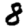
Digit: 8